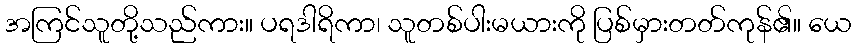
အကြင်သူတို့သည်ကား။ ပရဒါရိကာ၊ သူတစ်ပါးမယားကို ပြစ်မှားတတ်ကုန်၏။ ယေ